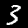
Digit: 3